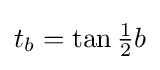
t_{b}=\tan {\tfrac {1}{2}}b